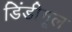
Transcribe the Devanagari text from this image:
डिंडीगूल